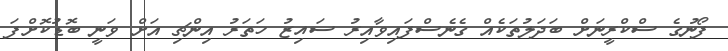
ފޯނުގެ ސްކްރީނަށް ބަދަލުތަކެއް ގެނެސްފައިވާއިރު ސައިޒު ހަތަރު އިންޗި އަށް ވަނީ ބޮޑުކޮށްފަ